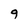
Character: 9